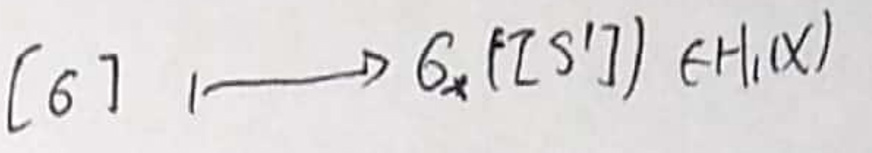
$[6] \xrightarrow{1} 6_{\ast}[\mathbb{Z}S^{1}] e H_{1}(X)$